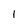
Character: 1